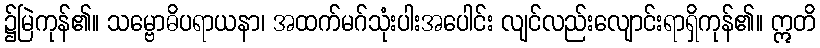
၌မြဲကုန်၏။ သမ္ဗောဓိပရာယနာ၊ အထက်မဂ်သုံးပါးအပေါင်း လျင်လည်းလျောင်းရာရှိကုန်၏။ ဣတိ